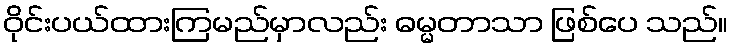
ဝိုင်းပယ်ထားကြမည်မှာလည်း ဓမ္မတာသာ ဖြစ်ပေ သည်။